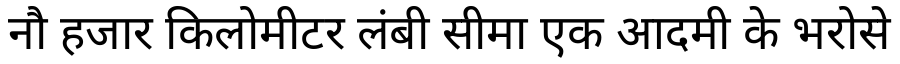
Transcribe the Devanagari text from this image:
नौ हजार किलोमीटर लंबी सीमा एक आदमी के भरोसे